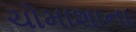
ચોમાશાના